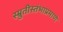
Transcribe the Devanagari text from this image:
स्म्रुतीस्तंभाप्रमाणे